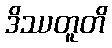
ဒိဿတူတိ